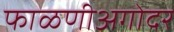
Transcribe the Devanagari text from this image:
फाळणीअगोदर